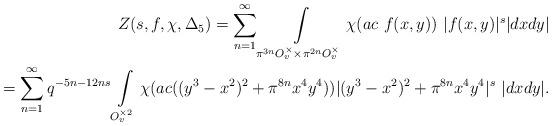
LaTeX: \begin{align*}Z(s,f,\chi,\Delta_5)= \sum_{n=1}^{\infty}\int\limits_{\pi^{3n}O_v^{\times} \times \pi^{2n}O_v^{\times}}\chi(ac \ f(x,y))\ |f(x,y)|^s|dxdy|\\=\sum_{n=1}^{\infty}q^{-5n-12ns}\int\limits_{O_v^{\times 2}}\chi(ac ((y^3-x^2)^2+\pi^{8n}x^4y^4)) |(y^3-x^2)^2+\pi^{8n}x^4y^4|^s\ |dxdy|.\end{align*}